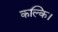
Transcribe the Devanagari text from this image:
कल्कि।